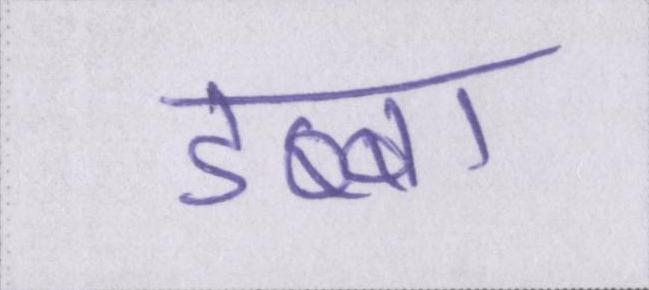
डब्बा